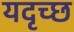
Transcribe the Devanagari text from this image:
यदृच्छ